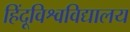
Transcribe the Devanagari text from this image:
हिंदूविश्वविद्यालय